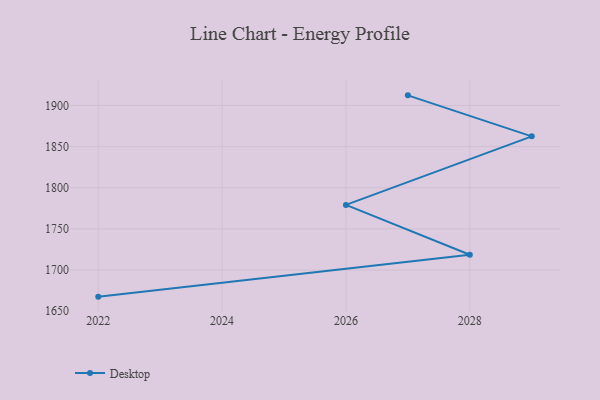
{"axis": {"x": "Year", "y": "Latency (ms)"}, "legend": ["Desktop"], "data": [{"x": "2022", "y": 1667.7, "type": "Desktop"}, {"x": "2028", "y": 1718.6, "type": "Desktop"}, {"x": "2026", "y": 1779.1, "type": "Desktop"}, {"x": "2029", "y": 1862.4, "type": "Desktop"}, {"x": "2027", "y": 1912.2, "type": "Desktop"}]}